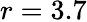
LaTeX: r=3.7